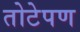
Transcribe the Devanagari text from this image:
तोटेपण